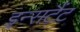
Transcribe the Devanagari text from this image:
इन्सटैंट